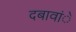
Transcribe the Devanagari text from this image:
दबावांे